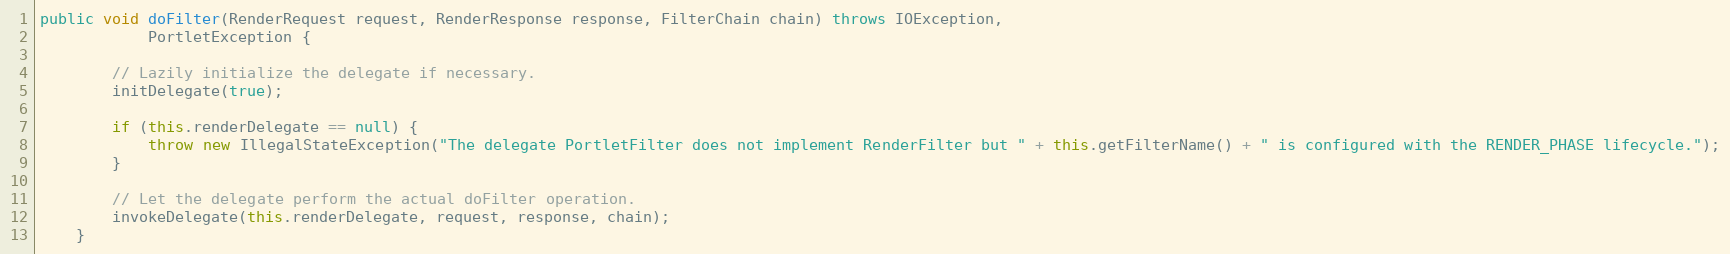
Language: Java
public void doFilter(RenderRequest request, RenderResponse response, FilterChain chain) throws IOException,
            PortletException {

        // Lazily initialize the delegate if necessary.
        initDelegate(true);

        if (this.renderDelegate == null) {
            throw new IllegalStateException("The delegate PortletFilter does not implement RenderFilter but " + this.getFilterName() + " is configured with the RENDER_PHASE lifecycle.");
        }

        // Let the delegate perform the actual doFilter operation.
        invokeDelegate(this.renderDelegate, request, response, chain);
    }